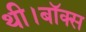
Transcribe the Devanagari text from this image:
थी।बॉक्स